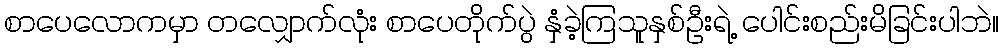
စာပေလောကမှာ တလျှောက်လုံး စာပေတိုက်ပွဲ နှံခဲ့ကြသူနှစ်ဦးရဲ့ ပေါင်းစည်းမိခြင်းပါဘဲ။